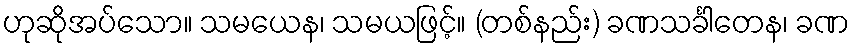
ဟုဆိုအပ်သော။ သမယေန၊ သမယဖြင့်။ (တစ်နည်း) ခဏသင်္ခါတေန၊ ခဏ